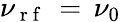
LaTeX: \nu_{\mathrm{~r~f~}}\, =\, \nu_{0}